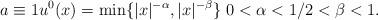
LaTeX: \begin{align*}a \equiv 1 u^0(x) =\min\{|x|^{-\alpha}, |x|^{-\beta}\}\ 0<\alpha < 1/2< \beta <1. \end{align*}